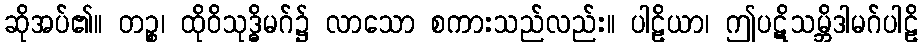
ဆိုအပ်၏။ တဉ္စ၊ ထိုဝိသုဒ္ဓိမဂ်၌ လာသော စကားသည်လည်း။ ပါဠိယာ၊ ဤပဋိသမ္ဘိဒါမဂ်ပါဠိ